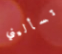
تسأليني